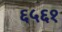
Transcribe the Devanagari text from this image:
६५६१